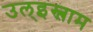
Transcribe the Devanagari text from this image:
उल्‌इस्लाम